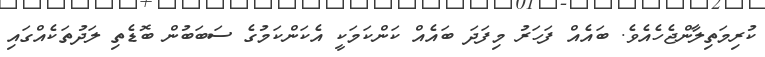
ކުރިމަތިލާންޖެހެއެވެ. ބައެއް ފަހަރު މިފަދަ ބައެއް ކަންކަމަކީ އެކަންކަމުގެ ސަބަބުން ބޮޑެތި ލަދުތަކެއްގައި